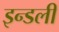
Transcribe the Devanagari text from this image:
इन्डली